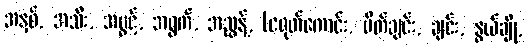
အနှစ်, အသီး, အပွင့်, အရွက်, အညွန့်, (ငရုတ်ကောင်း, ပိတ်ချင်း, ချင်း, နွယ်ချို,